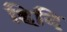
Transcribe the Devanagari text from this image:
हिदि